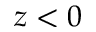
z < 0